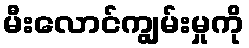
မီးလောင်ကျွမ်းမှုကို